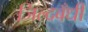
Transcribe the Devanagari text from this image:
जिल्दबँधी